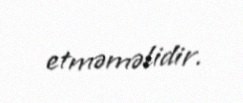
etməməlidir.